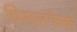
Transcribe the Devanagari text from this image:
चिखलफेक